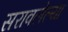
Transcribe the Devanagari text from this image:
सरावलेल्या